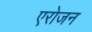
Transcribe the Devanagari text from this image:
एरोजन